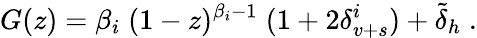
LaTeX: G(z)=\beta_{i}\; (1-z)^{\beta_{i}-1}\; (1+2\delta_{v+s}^{i})+\tilde{\delta}_{h}\; .